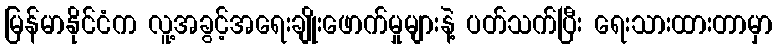
မြန်မာနိုင်ငံက လူ့အခွင့်အရေးချိုးဖောက်မှုများနဲ့ ပတ်သက်ပြီး ရေးသားထားတာမှာ